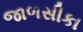
જાળસીકા